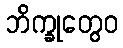
ဘိက္ခုတွေဝ